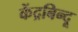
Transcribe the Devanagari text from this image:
केंद्रबिन्दू